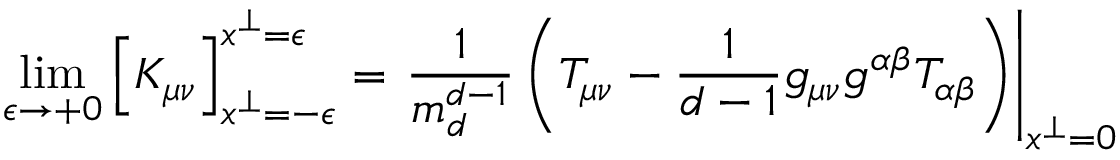
\operatorname * { l i m } _ { \epsilon \to + 0 } \left[ K _ { \mu \nu } \right] _ { x ^ { \perp } = - \epsilon } ^ { x ^ { \perp } = \epsilon } = \left. \frac { 1 } { m _ { d } ^ { d - 1 } } \left( T _ { \mu \nu } - \frac { 1 } { d - 1 } g _ { \mu \nu } g ^ { \alpha \beta } T _ { \alpha \beta } \right) \right| _ { x ^ { \perp } = 0 }